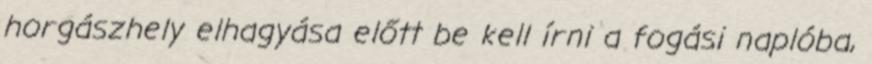
horgászhely elhagyása előtt be kell írni a fogási naplóba,